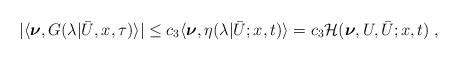
\begin{align*}\begin{aligned}|\langle\boldsymbol{\nu}, G(\lambda|\bar U,x,\tau)\rangle| &\le c_3 \langle \boldsymbol{\nu} , \eta (\lambda | \bar U;x,t ) \rangle = c_3 \mathcal{H} ( \boldsymbol{\nu},U,\bar{U};x,t)\;,\end{aligned}\end{align*}